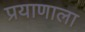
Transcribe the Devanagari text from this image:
प्रयाणाला